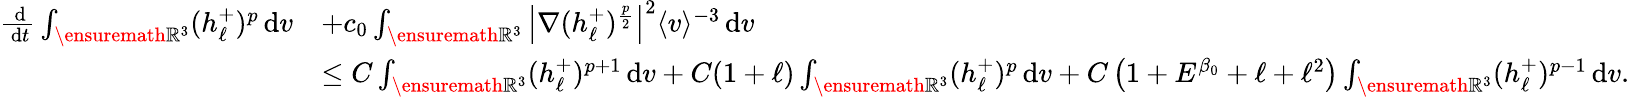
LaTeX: \begin{array}{rl}{\frac{\, \mathrm{d}}{\, \mathrm{d}t}\int_{\ensuremath{{\mathbb R}}^{3}}(h_{\ell}^{+})^{p}\, \mathrm{d}v}&{+c_{0}\int_{\ensuremath{{\mathbb R}}^{3}}\left\vert\nabla(h_{\ell}^{+})^{\frac{p}{2}}\right\vert^{2}\langle v\rangle^{-3}\, \mathrm{d}v}\\ &{\leq C\int_{\ensuremath{{\mathbb R}}^{3}}(h_{\ell}^{+})^{p+1}\, \mathrm{d}v+C(1+\ell)\int_{\ensuremath{{\mathbb R}}^{3}}(h_{\ell}^{+})^{p}\, \mathrm{d}v+C\left(1+E^{\beta_{0}}+\ell+\ell^{2}\right)\int_{\ensuremath{{\mathbb R}}^{3}}(h_{\ell}^{+})^{p-1}\, \mathrm{d}v.}\end{array}